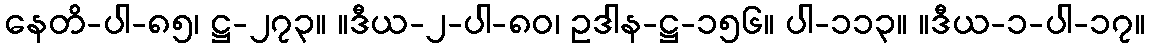
နေတိ-ပါ-၈၅၊ ဋ္ဌ-၂၇၃။ ။ဒီယ-၂-ပါ-၈၀၊ ဥဒါန-ဋ္ဌ-၁၅၆။ ပါ-၁၁၃။ ။ဒီယ-၁-ပါ-၁၇။